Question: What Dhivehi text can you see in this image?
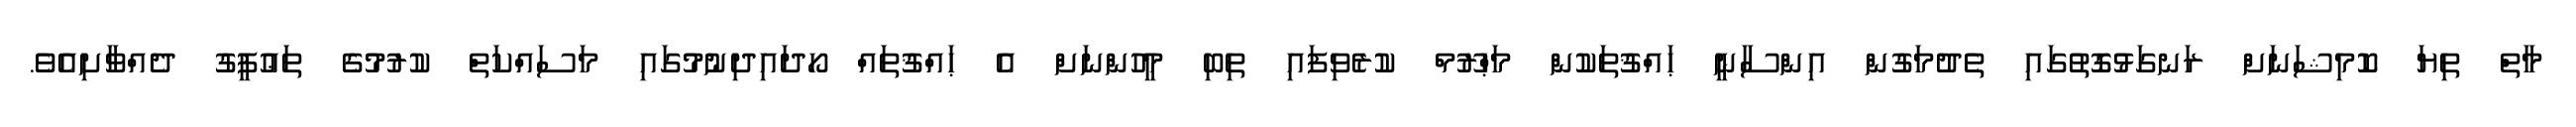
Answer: މާތް ތިޔަ ކޮމިޝަނަށް ރަނގަޅުގޮތުގައި ތެދުމަގުން އިންސާނީ ޙައްޤުތަކުން މަޙްރޫމް ކުރެވިފައި ތިބި މީހުންނަށް އެ ޙައްޤުތައް ހޯދައިދިނުމުގައި މަސައްކަތް ކުރުމުގެ ތަޢުފީގު ދެއްވާށިއެވެ.